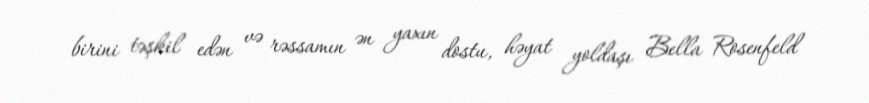
birini təşkil edən və rəssamın ən yaxın dostu, həyat yoldaşı Bella Rosenfeld